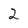
Character: 2